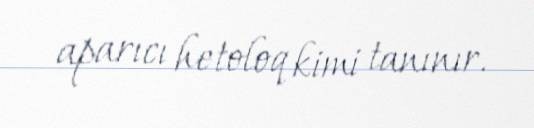
aparıcı hetoloq kimi tanınır.